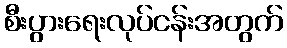
စီးပွားရေးလုပ်ငန်းအတွက်